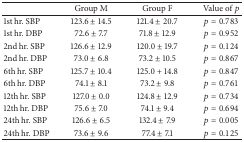
<table><thead><tr><td><b> </b></td><td><b>Group M</b></td><td><b>Group F</b></td><td><b>Value of <i>p</i></b></td></tr></thead><tbody><tr><td>1st hr. SBP</td><td>123.6 ± 14.5</td><td>121.4 ± 20.7</td><td><i>p</i> = 0.783</td></tr><tr><td>1st hr. DBP</td><td>72.6 ± 7.7</td><td>71.8 ± 12.9</td><td><i>p</i> = 0.952</td></tr><tr><td>2nd hr. SBP</td><td>126.6 ± 12.9</td><td>120.0 ± 19.7</td><td><i>p</i> = 0.124</td></tr><tr><td>2nd hr. DBP</td><td>73.0 ± 6.8</td><td>73.2 ± 10.5</td><td><i>p</i> = 0.867</td></tr><tr><td>6th hr. SBP</td><td>125.7 ± 10.4</td><td>125.0 + 14.8</td><td><i>p</i> = 0.847</td></tr><tr><td>6th hr. DBP</td><td>74.1 ± 8.1</td><td>73.2 ± 9.8</td><td><i>p</i> = 0.761</td></tr><tr><td>12th hr. SBP</td><td>127.0 ± 0.0</td><td>124.8 ± 12.9</td><td><i>p</i> = 0.734</td></tr><tr><td>12th hr. DBP</td><td>75.6 ± 7.0</td><td>74.1 ± 9.4</td><td><i>p</i> = 0.694</td></tr><tr><td>24th hr. SBP</td><td>126.6 ± 6.5</td><td>132.4 ± 7.9</td><td><i>p</i> = 0.005</td></tr><tr><td>24th hr. DBP</td><td>73.6 ± 9.6</td><td>77.4 ± 7.1</td><td><i>p</i> = 0.125</td></tr></tbody></table>